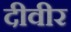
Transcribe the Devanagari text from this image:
दीवीर